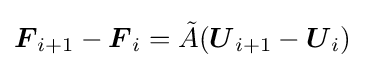
{\boldsymbol {F}}_{i+1}-{\boldsymbol {F}}_{i}={\tilde {A}}({\boldsymbol {U}}_{i+1}-{\boldsymbol {U}}_{i})